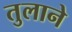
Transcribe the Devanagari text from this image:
तुलाने